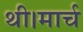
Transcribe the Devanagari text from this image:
थी।मार्च